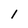
Character: 1